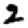
Digit: 2